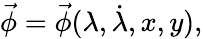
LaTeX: \vec{\phi}=\vec{\phi}(\lambda,\dot{\lambda},x,y),